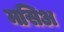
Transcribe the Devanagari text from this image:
मसिअ